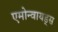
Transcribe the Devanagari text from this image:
एमोन्वायड्स